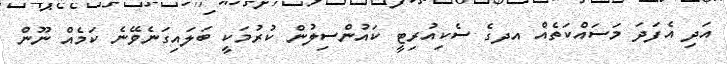
އަދި އެފަދަ މަސައްކަތެއް އދގެ ސެކިއުރިޓީ ކައުންސިލުން ކުރުމަކީ ބަލައިގަނެވޭނެ ކަމެއް ނޫން